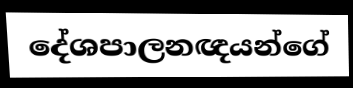
දේශපාලනඥයන්ගේ